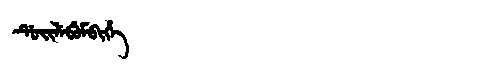
Manchu: ᡩᡠᡳᠯᡝᠪᡠᠮᠪᡳᡥᡝ
Romanization: DUILEBUMBIHE